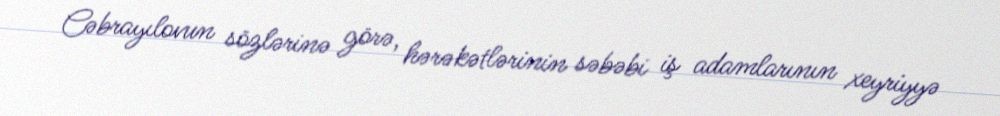
Cəbrayılovun sözlərinə görə, hərəkətlərinin səbəbi iş adamlarının xeyriyyə